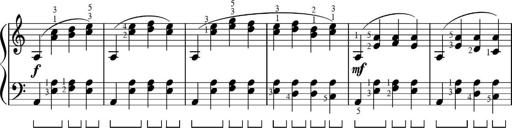
Title: Sonatinas
Composer: Andrew Violette